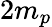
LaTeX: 2m_{p}